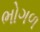
ભોગળ